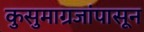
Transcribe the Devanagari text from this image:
कुसुमाग्रजांपासून